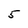
Character: 5